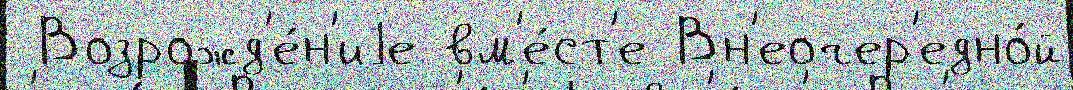
 Возрожд'е́н'иjе вм'е́ст'е Вн'еочер'едно́й